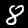
Digit: 8